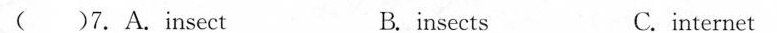
( ) 7.A.insect B.insects C.internet